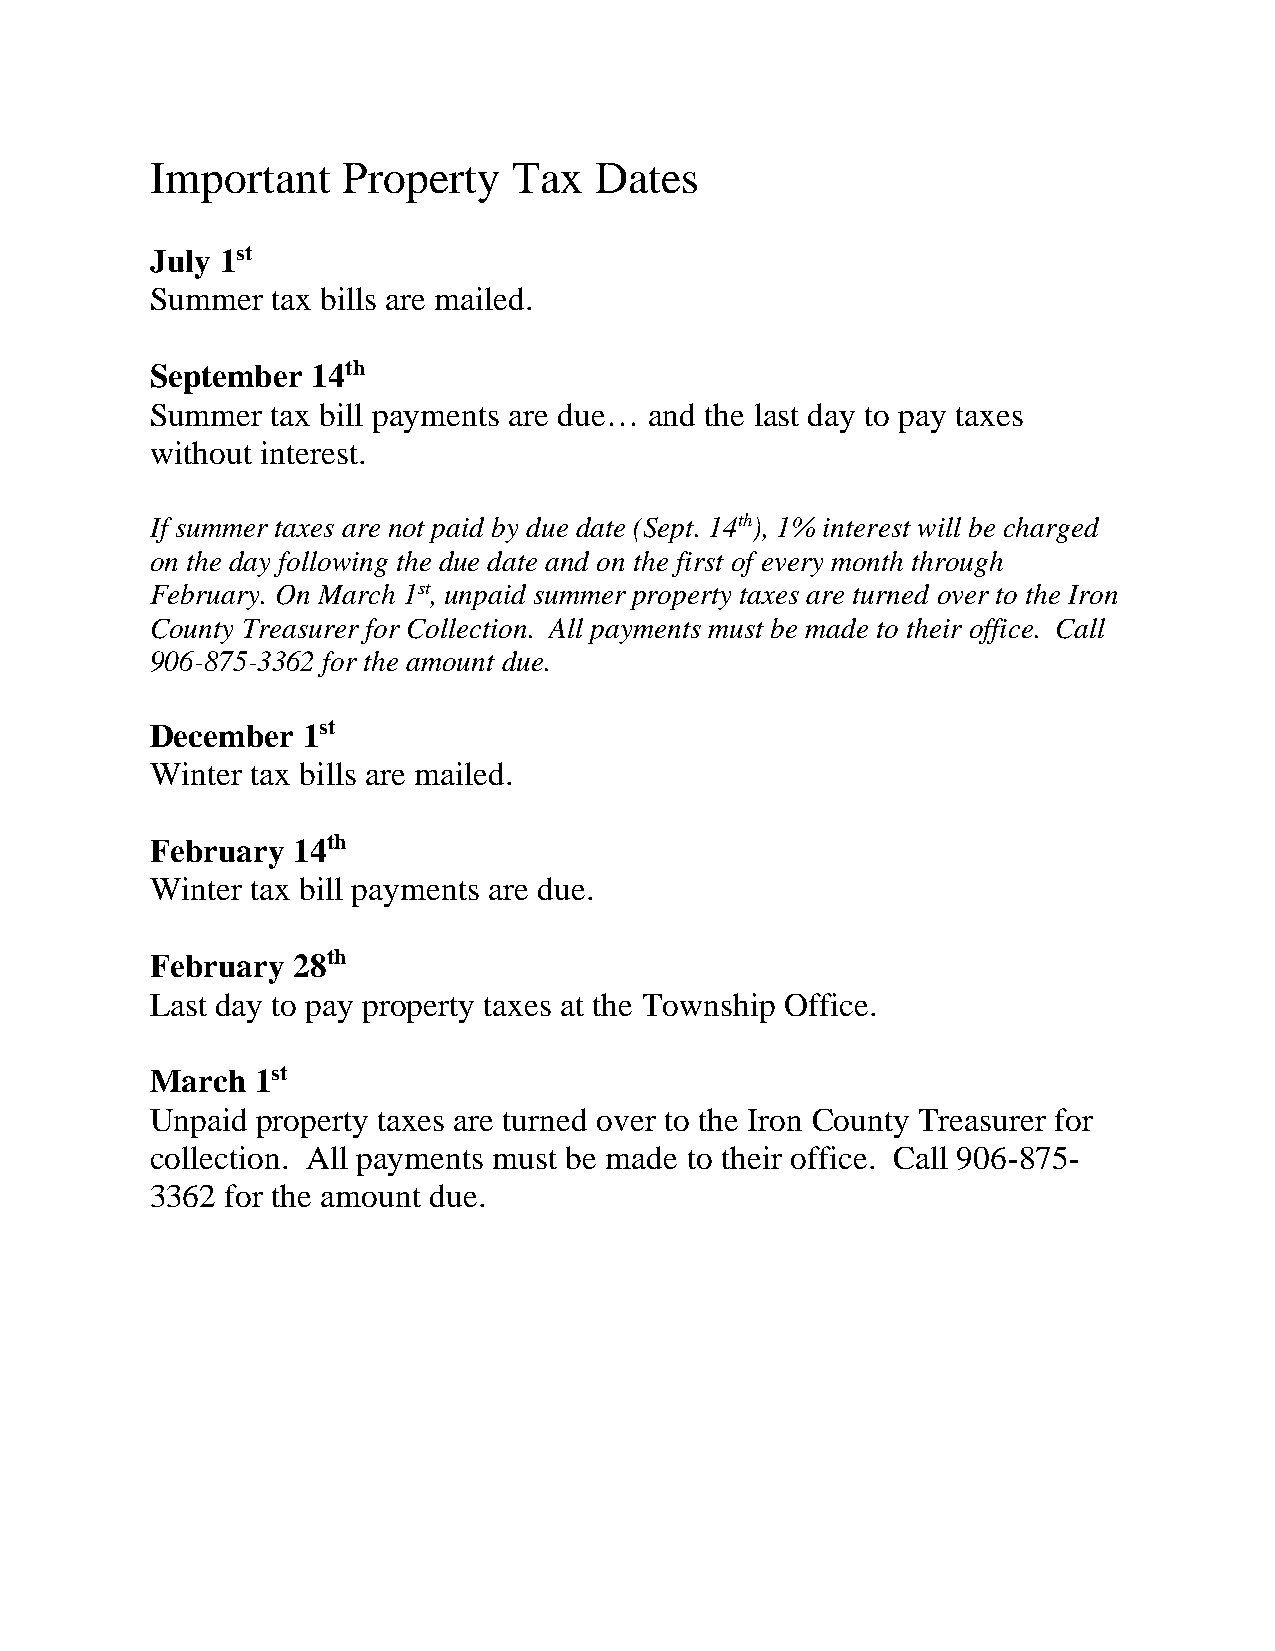
Important    Property   Tax  Dates
 July 1st
 Summer  tax bills are mailed.
 September  14th
 Summer  tax bill payments are due… and the last day to pay taxes
 without interest.
 If summer taxes are not paid by due date (Sept. 14th), 1% interest will be charged
 on the day following the due date and on the first of every month through
 February. On March 1st, unpaid summer property taxes are turned over to the Iron
 County Treasurer for Collection. All payments must be made to their office. Call
 906-875-3362 for the amount due.
 December  1st
 Winter tax bills are mailed.
 February 14th
 Winter tax bill payments are due.
 February 28th
 Last day to pay property taxes at the Township Office.
 March  1st
 Unpaid property taxes are turned over to the Iron County Treasurer for
 collection. All payments must be made to their office. Call 906-875-
 3362 for the amount due.